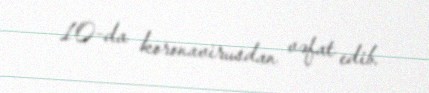
10-da koronavirusdan vəfat edib.